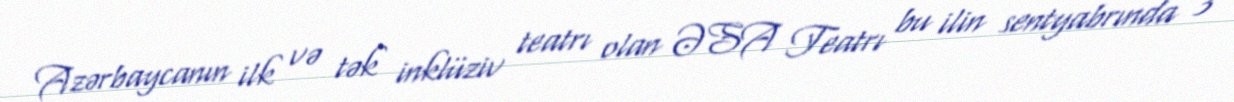
Azərbaycanın ilk və tək inklüziv teatrı olan ƏSA Teatrı bu ilin sentyabrında 3